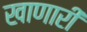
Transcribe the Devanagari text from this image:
खाणारी